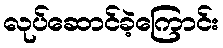
လုပ်ဆောင်ခဲ့ကြောင်း